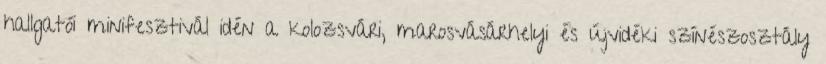
hallgatói minifesztivál idén a kolozsvári, marosvásárhelyi és újvidéki színészosztály